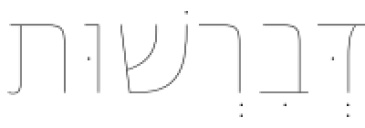
דְּבִרְשׁוּת